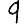
Digit: 9